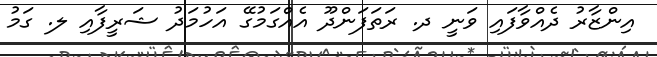
އިންޒާރު ދެއްވާފައި ވަނީ ދ. ރަތަފަންދޫ އެއްގަމުގޭ އަހުމަދު ޝަރީފާއި ލ. ގަމު